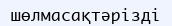
шөлмасақтәрізді